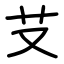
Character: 𦫿